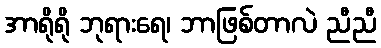
အာရိုရို ဘုရားရေ၊ ဘာဖြစ်တာလဲ ညီညီ